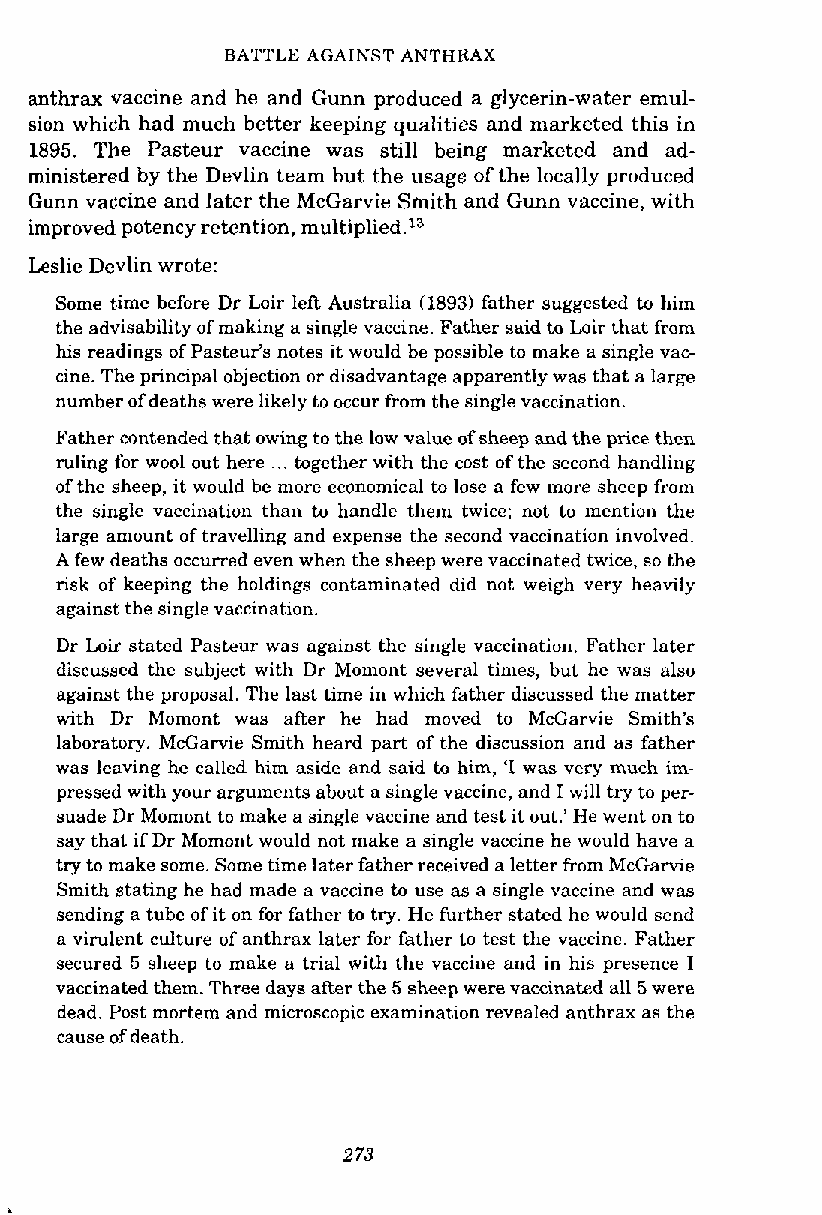
BATTLE AGAINST ANTHHAX
 anthrax vaccine and he and Gunn produced a glycerin-water emul-
 sion which had much better keeping qualities and marketed this in
 1895. The Pasteur vaccine was still being marketed and ad-
 ministersd by the Devlin team but the usage of the locally produced
 Gunn vaccine and later the McGarvie Smith and Gunn vaccine, with
 improved potency retention, multiplied.13
 Leslie Devlin wrote:
 Some t,ime before Dr Loir left Australia (1893) father suggested to him
 the advisability of making a single vaccine. Father said to Loir that from
 his readings of Pasteur's notes it would be possible to make a single vac-
 cine. The principal objection or disadvantage apparently was that a large
 number of deaths were likely to occur from the single vaccination.
 Father contended that owing to the law value of sheep and the price then
 ruling for wool out here ... together with the cost of the second handling
 of the sheep, it would he more economical to lose a few more sheep from
 the single vaccination than to handle them twice; not to mention the
 large amount of travelling and expense the second vaccination involved.
 A few deaths occurred even when the sheep were vaccinated twice, so the
 risk of keeping the holdings contaminated did not weigh very heavily
 against the single vaccination.
 Dr Loir stated Pasteur was against the single vaccination. Father later
 discussed the subject with Dr Momont several times, but he was also
 against the proposal. The last time in which father discussed the matter
 with Dr Momont was after he had moved to McGarvie Smith's
 laboratory. McGawie Smith heard part of the discussion and as father
 was leaving he called him aside and said to him, 'I was very much im-
 pressed with your arguments about a single vaccine, and I will try to per-
 suade Dr Momont to make a single vaccine and test it out.' He went on to
 say that if Dr Momont would not make a single vaccine he would have a
 try to make some. Some time later father received a letter from McGarvie
 Smith stating he had made a vaccine to use as a single vaccine and was
 sending a tube of it on for father to try. He further stated he would send
 a virulent culture of anthrax later for father to test the vaccine. Father
 secured 5 sheep to make a trial with the vaccine and in his presence I
 vaccinated them. Three days after the 5 sheep were vaccinated all 5 were
 dead. Post mortem and microscopic examination revealed anthrax as the
 cause of death.